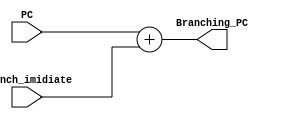
`timescale 1ns / 1ps
//////////////////////////////////////////////////////////////////////////////////
// Company: 
// Engineer: 
// 
// Design Name: 
// Module Name: Branch_PC
// Project Name: 
// Target Devices: 
// Tool Versions: 
// Description: 
// 
// Dependencies: 
// 
// Revision:
// Revision 0.01 - File Created
// Additional Comments:
// 
//////////////////////////////////////////////////////////////////////////////////


module Branch_PC(
    input [32:0] PC,
    input [32:0] Branch_imidiate,
    output reg [32:0] Branching_PC
    );
    always@(*)
        begin
            Branching_PC <= PC + Branch_imidiate;
        end
endmodule